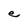
Character: e